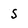
Character: S